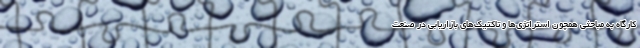
کارگاه به مباحثی همچون استراتژی‌ها و تاکتیک‌های بازاریابی در صنعت